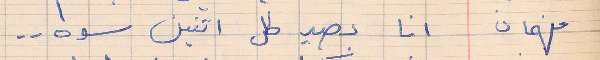
فهمان           انا بصيد كل اتنين سوه . .